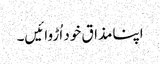
اپنامذاق خود اُڑوائیں۔